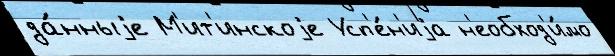
да́нныjе М'ит'инскоjе Усп'е́н'иjа н'еобход'и́мо